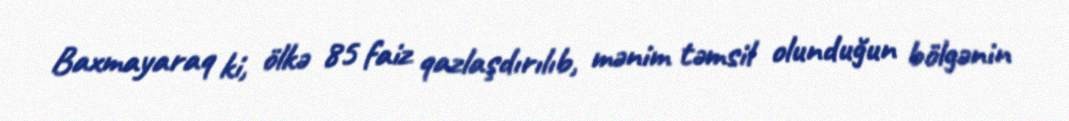
Baxmayaraq ki, ölkə 85 faiz qazlaşdırılıb, mənim təmsil olunduğun bölgənin